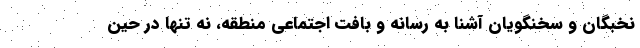
نخبگان و سخنگویان آشنا به رسانه و بافت اجتماعی منطقه، نه تنها در حین